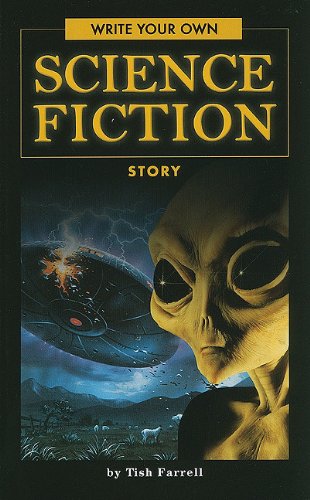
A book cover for Write Your Own Science Fiction Story; Tish Farrell; Science Fiction & Fantasy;